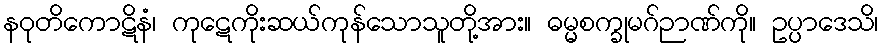
နဝုတိကောဋိနံ၊ ကုဋေကိုးဆယ်ကုန်သောသူတို့အား။ ဓမ္မစက္ခုမဂ်ဉာဏ်ကို။ ဥပ္ပာဒေသိ၊